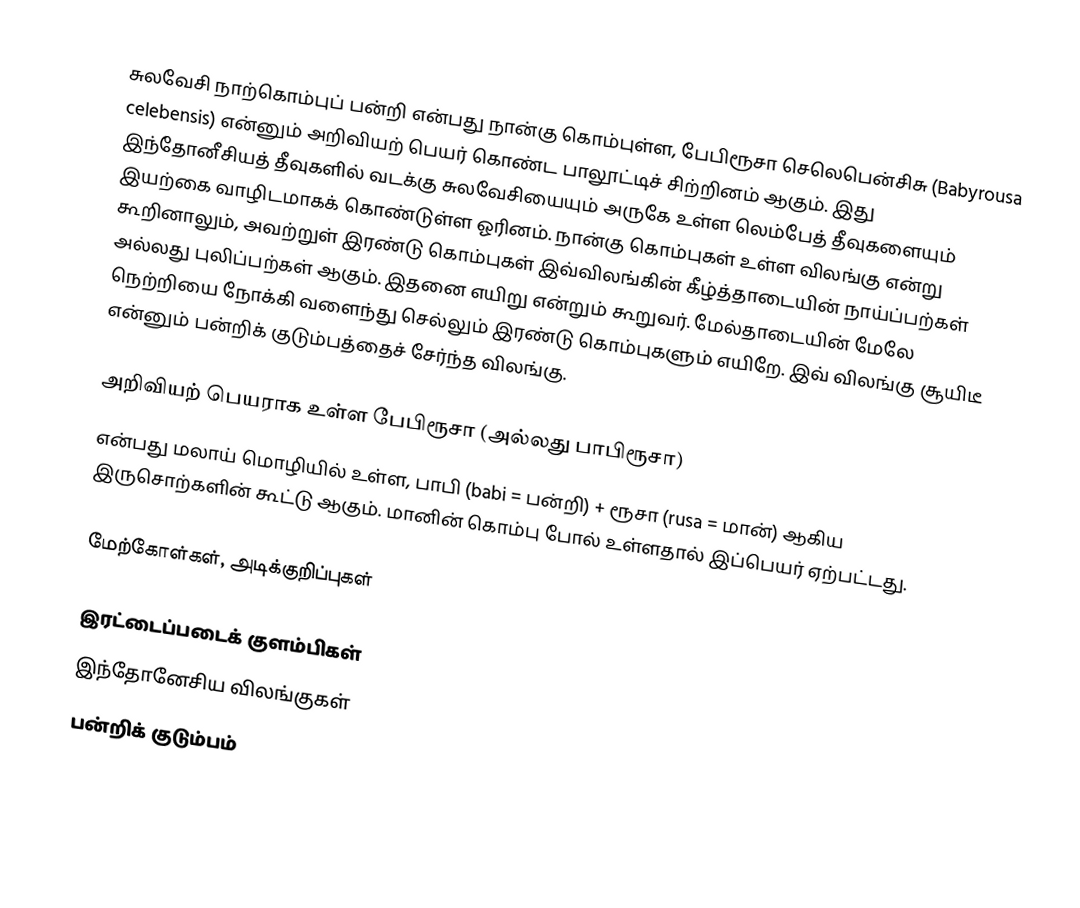
சுலவேசி நாற்கொம்புப் பன்றி என்பது நான்கு கொம்புள்ள, பேபிரூசா செலெபென்சிசு (Babyrousa celebensis) என்னும் அறிவியற் பெயர் கொண்ட பாலூட்டிச் சிற்றினம் ஆகும். இது இந்தோனீசியத் தீவுகளில் வடக்கு சுலவேசியையும் அருகே உள்ள லெம்பேத் தீவுகளையும் இயற்கை வாழிடமாகக் கொண்டுள்ள ஓரினம். நான்கு கொம்புகள் உள்ள விலங்கு என்று கூறினாலும், அவற்றுள் இரண்டு கொம்புகள் இவ்விலங்கின் கீழ்த்தாடையின் நாய்ப்பற்கள் அல்லது புலிப்பற்கள் ஆகும். இதனை எயிறு என்றும் கூறுவர். மேல்தாடையின் மேலே நெற்றியை நோக்கி வளைந்து செல்லும் இரண்டு கொம்புகளும் எயிறே. இவ் விலங்கு சூயிடீ என்னும் பன்றிக் குடும்பத்தைச் சேர்ந்த விலங்கு.

அறிவியற் பெயராக உள்ள பேபிரூசா (அல்லது பாபிரூசா)
என்பது மலாய் மொழியில் உள்ள, பாபி (babi = பன்றி) + ரூசா (rusa = மான்) ஆகிய இருசொற்களின் கூட்டு ஆகும். மானின் கொம்பு போல் உள்ளதால் இப்பெயர் ஏற்பட்டது.

மேற்கோள்கள், அடிக்குறிப்புகள்

இரட்டைப்படைக் குளம்பிகள்
இந்தோனேசிய விலங்குகள்
பன்றிக் குடும்பம்